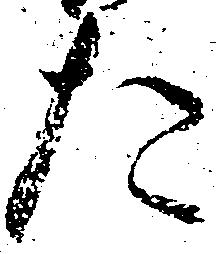
た